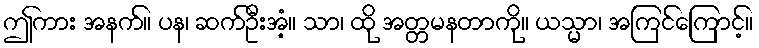
ဤကား အနက်။ ပန၊ ဆက်ဦးအံ့။ သာ၊ ထို အတ္တမနတာကို။ ယသ္မာ၊ အကြင်ကြောင့်။